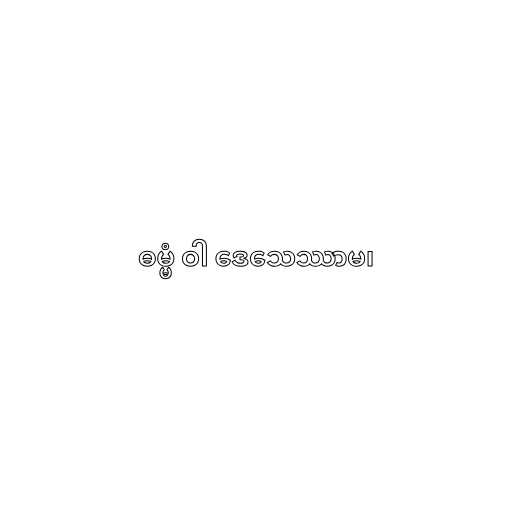
ဓမ္မံ ဝါ ဒေသေဿာမ၊